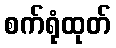
စက်ရုံထုတ်